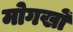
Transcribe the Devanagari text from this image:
मोगखों